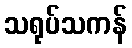
သရုပ်သကန်